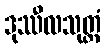
ဒုဿီလသုတ္တံ